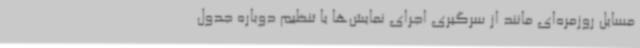
مسایل روزمره‌ای مانند از سرگیری اجرای نمایش‌ها یا تنظیم دوباره جدول